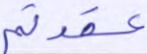
عقدتم